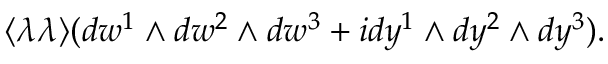
\langle \lambda \lambda \rangle ( d w ^ { 1 } \wedge d w ^ { 2 } \wedge d w ^ { 3 } + i d y ^ { 1 } \wedge d y ^ { 2 } \wedge d y ^ { 3 } ) .